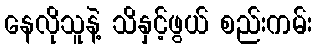
နေလိုသူနဲ့ သိနှင့်ဖွယ် စည်းကမ်း